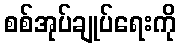
စစ်အုပ်ချုပ်ရေးကို